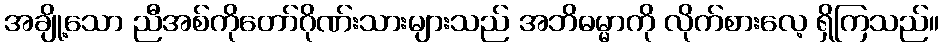
အချို့သော ညီအစ်ကိုတော်ဂိုဏ်းသားများသည် အဘိဓမ္မာကို လိုက်စားလေ့ ရှိကြသည်။